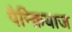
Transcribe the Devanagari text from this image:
पैन्क्रियाज